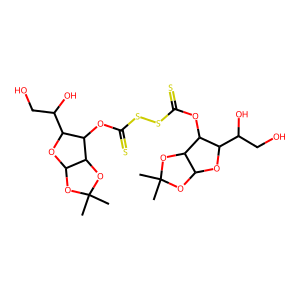
SMILES: CC1(C)OC2OC(C(O)CO)C(OC(=S)SSC(=S)OC3C(C(O)CO)OC4OC(C)(C)OC43)C2O1
Inhibits HIV replication: No